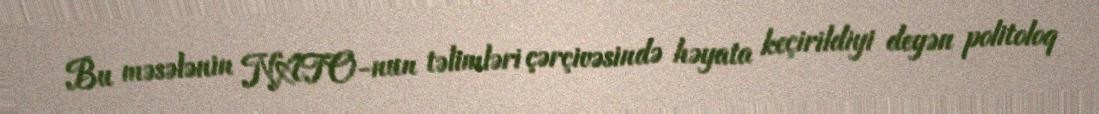
Bu məsələnin NATO-nun təlimləri çərçivəsində həyata keçirildiyi deyən politoloq